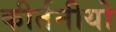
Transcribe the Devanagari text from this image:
कीर्तनीयो